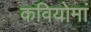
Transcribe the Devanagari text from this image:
कवियोमां